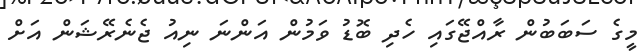
މީގެ ސަބަބުން ރާއްޖޭގައި ހެދި ބޮޑު ވަމުން އަންނަ ނިއު ޖެނެރޭޝަން އަށް